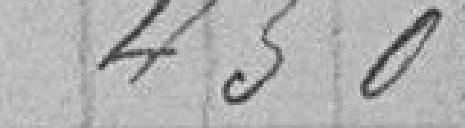
450